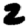
Digit: 2